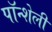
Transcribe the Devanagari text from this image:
पॉन्शेली